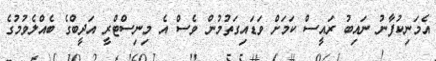
އެމަނިކުފާނު ނައިބު ރައީސް ކަމަށް ވަޑައިގަތުމުން ވެސް އެ މިނިސްޓްރީ އަދީބްގެ ބެއްލެވުމުގެ